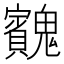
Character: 𩴱